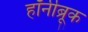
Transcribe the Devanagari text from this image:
हॉर्नीब्रूक